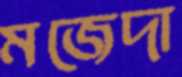
মজেদা